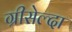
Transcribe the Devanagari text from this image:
ग्रीसेल्दा